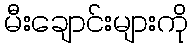
မီးချောင်းများကို